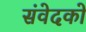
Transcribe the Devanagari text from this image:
संवेदको